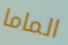
الماما